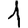
Digit: 1